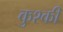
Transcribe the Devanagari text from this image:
कुश्की